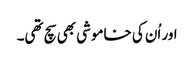
اور اُن کی خاموشی بھی سچ تھی۔